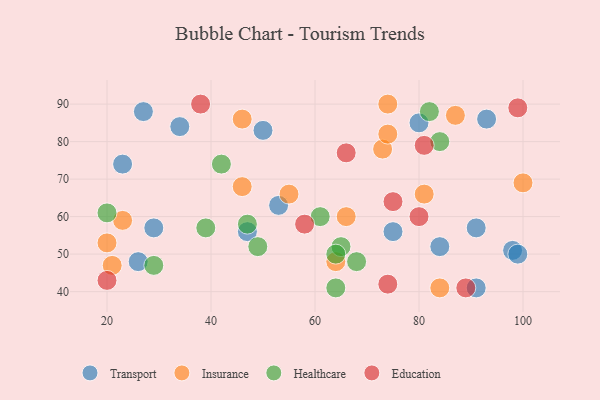
{"axis": {"x": "GDP", "y": "Life Expectancy"}, "legend": ["Education", "Healthcare", "Insurance", "Transport"], "data": [{"x": "29", "y": 57, "type": "Transport"}, {"x": "34", "y": 84, "type": "Transport"}, {"x": "91", "y": 41, "type": "Transport"}, {"x": "75", "y": 56, "type": "Transport"}, {"x": "80", "y": 85, "type": "Transport"}, {"x": "50", "y": 83, "type": "Transport"}, {"x": "47", "y": 56, "type": "Transport"}, {"x": "27", "y": 88, "type": "Transport"}, {"x": "93", "y": 86, "type": "Transport"}, {"x": "91", "y": 57, "type": "Transport"}, {"x": "98", "y": 51, "type": "Transport"}, {"x": "23", "y": 74, "type": "Transport"}, {"x": "84", "y": 52, "type": "Transport"}, {"x": "26", "y": 48, "type": "Transport"}, {"x": "53", "y": 63, "type": "Transport"}, {"x": "99", "y": 50, "type": "Transport"}, {"x": "73", "y": 78, "type": "Insurance"}, {"x": "64", "y": 48, "type": "Insurance"}, {"x": "66", "y": 60, "type": "Insurance"}, {"x": "46", "y": 68, "type": "Insurance"}, {"x": "55", "y": 66, "type": "Insurance"}, {"x": "74", "y": 90, "type": "Insurance"}, {"x": "23", "y": 59, "type": "Insurance"}, {"x": "81", "y": 66, "type": "Insurance"}, {"x": "20", "y": 53, "type": "Insurance"}, {"x": "87", "y": 87, "type": "Insurance"}, {"x": "100", "y": 69, "type": "Insurance"}, {"x": "74", "y": 82, "type": "Insurance"}, {"x": "46", "y": 86, "type": "Insurance"}, {"x": "21", "y": 47, "type": "Insurance"}, {"x": "84", "y": 41, "type": "Insurance"}, {"x": "47", "y": 58, "type": "Healthcare"}, {"x": "20", "y": 61, "type": "Healthcare"}, {"x": "65", "y": 52, "type": "Healthcare"}, {"x": "42", "y": 74, "type": "Healthcare"}, {"x": "64", "y": 50, "type": "Healthcare"}, {"x": "29", "y": 47, "type": "Healthcare"}, {"x": "82", "y": 88, "type": "Healthcare"}, {"x": "61", "y": 60, "type": "Healthcare"}, {"x": "68", "y": 48, "type": "Healthcare"}, {"x": "64", "y": 41, "type": "Healthcare"}, {"x": "49", "y": 52, "type": "Healthcare"}, {"x": "39", "y": 57, "type": "Healthcare"}, {"x": "84", "y": 80, "type": "Healthcare"}, {"x": "66", "y": 77, "type": "Education"}, {"x": "38", "y": 90, "type": "Education"}, {"x": "81", "y": 79, "type": "Education"}, {"x": "58", "y": 58, "type": "Education"}, {"x": "80", "y": 60, "type": "Education"}, {"x": "20", "y": 43, "type": "Education"}, {"x": "89", "y": 41, "type": "Education"}, {"x": "74", "y": 42, "type": "Education"}, {"x": "75", "y": 64, "type": "Education"}, {"x": "99", "y": 89, "type": "Education"}]}